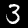
Digit: 3